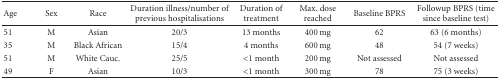
<table><thead><tr><td><b>Age</b></td><td><b>Sex</b></td><td><b>Race</b></td><td><b>Duration illness/number of previous hospitalisations</b></td><td><b>Duration of treatment</b></td><td><b>Max. dose reached</b></td><td><b>Baseline BPRS</b></td><td><b>Followup BPRS (time since baseline test)</b></td></tr></thead><tbody><tr><td>51</td><td>M</td><td>Asian</td><td>20/3</td><td>13 months</td><td>400 mg</td><td>62</td><td>63 (6 months)</td></tr><tr><td>35</td><td>M</td><td>Black African</td><td>15/4</td><td>4 months</td><td>600 mg</td><td>48</td><td>54 (7 weeks)</td></tr><tr><td>51</td><td>M</td><td>White Cauc.</td><td>25/5</td><td>&lt;1 month</td><td>200 mg</td><td>Not assessed</td><td>Not assessed</td></tr><tr><td>49</td><td>F</td><td>Asian</td><td>10/3</td><td>&lt;1 month</td><td>300 mg</td><td>78</td><td>75 (3 weeks)</td></tr></tbody></table>